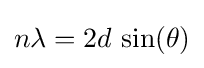
n\lambda =2d\,\sin(\theta )